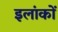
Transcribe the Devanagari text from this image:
इलांकों